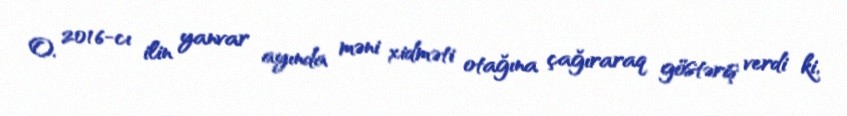
O, 2016-cı ilin yanvar ayında məni xidməti otağına çağıraraq göstəriş verdi ki,